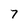
Character: 7